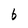
Character: b